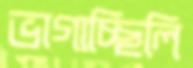
ভাগাচ্ছিলি